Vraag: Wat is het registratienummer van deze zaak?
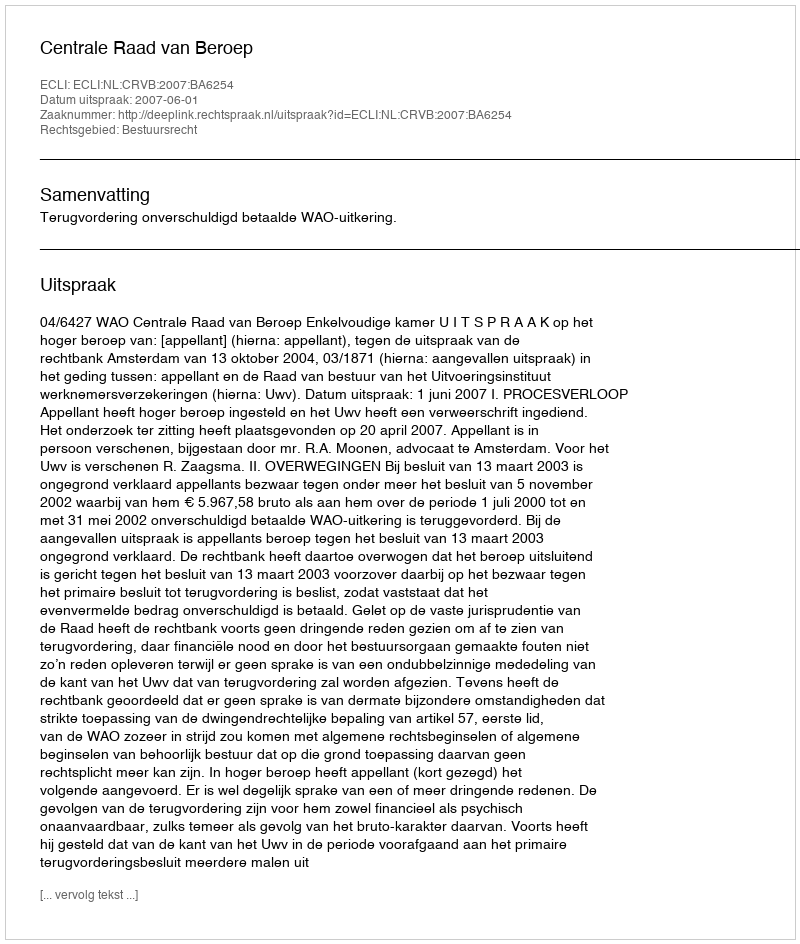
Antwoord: http://deeplink.rechtspraak.nl/uitspraak?id=ECLI:NL:CRVB:2007:BA6254